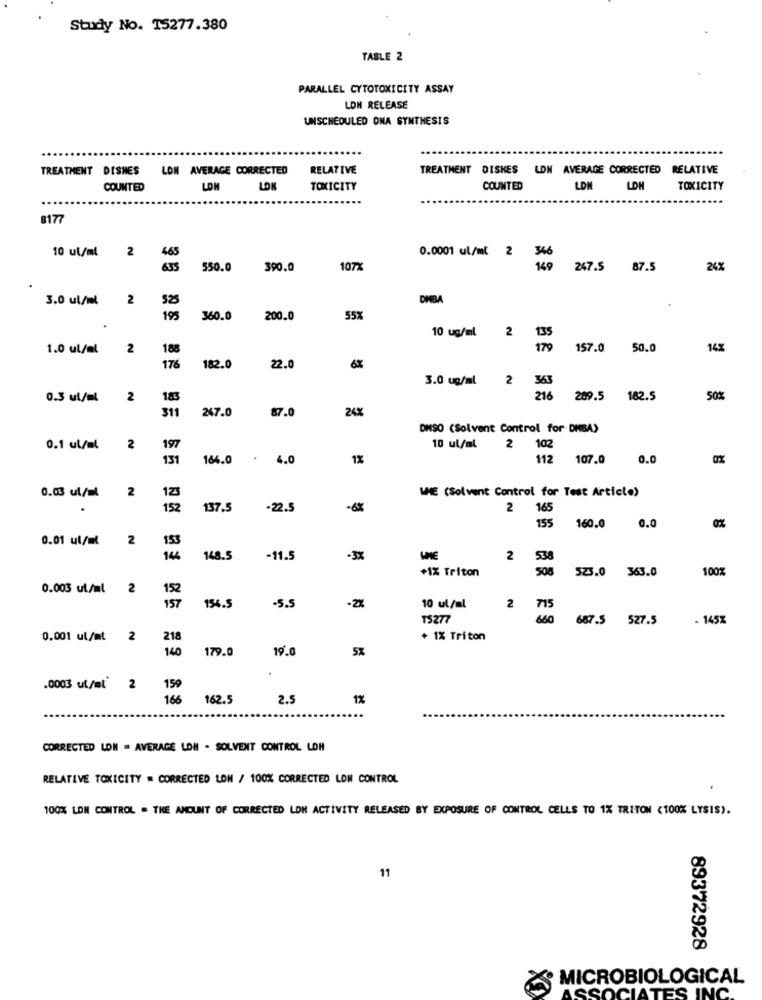
Study No. 15277.380
TABLE 2
PARALLEL CYTOTOXICITY ASSAY
LON RELEASE
UNSCHEDULED ONA SYNTHESIS
TREATMENT DISHES LON AVERAGE CORRECTED
RELATIVE
TREATMENT DISKES LON AVERAGE CORRECTED RELATIVE
COUNTED
LOM
LON
TOXICITY
COUNTED
LON
LOH
TOXICITY
8177
10 ul/ml
2
465
0.0001 ul/ml 2
346
655
550.0
390.0
107X
149
247.5 87.5
24%
3.0 ul/ml
2
525
DIBA
105
360.0
200.0
55%
10 ug/ml 2 135
1.0 ul/ml
2
188
157.0
50.0
14%
176
182.0
22.0
6%
3.0 ug/ml 2 363
0.3 ul/ml
2
183
216
209.5 182.5
50%
311
247.0
87.0
24%
DMSO (Solvent Control for DHBA)
0.1 ul/ml
2
197
10 ul/ml
2 102
131
164.0
4.0
1%
112
107.0
0.0
0x
2
WHE (Solvent Control for Test Article)
0.03 ul/al
12
152
137.5
-22.5
-6%
2
165
155
160.0
0.0
0%
0.01 ul/ml
2
153
146
148.5
-11.5
-3%
2
538
+1X Triton
508
523.0
363.0
100%
0.003 ut/ml
2
152
157
154.5
-5.5
-2%
10 ul/ml
2
715
T5277
60
687.5 527.5
- 145%
0.001 ul/mt
2
218
+ 1% Triton
140
179.
19.0
5%
.0003 ut/ml 2
159
166
162.5
2.5
1%
CORRECTED LON = AVERAGE LOH . SOLVENT CONTROL LOH
RELATIVE TOXICITY = CORRECTED LON / 100% CORRECTED LON CONTROL
100% LON CONTROL . THE AMOUNT OF CORRECTED LOH ACTIVITY RELEASED BY EXPOSURE OF CONTROL CELLS TO 1% TRITON <100% LYSIS).
11
89372928
MICROBIOLOGICAL
ASSOCIATES INC.